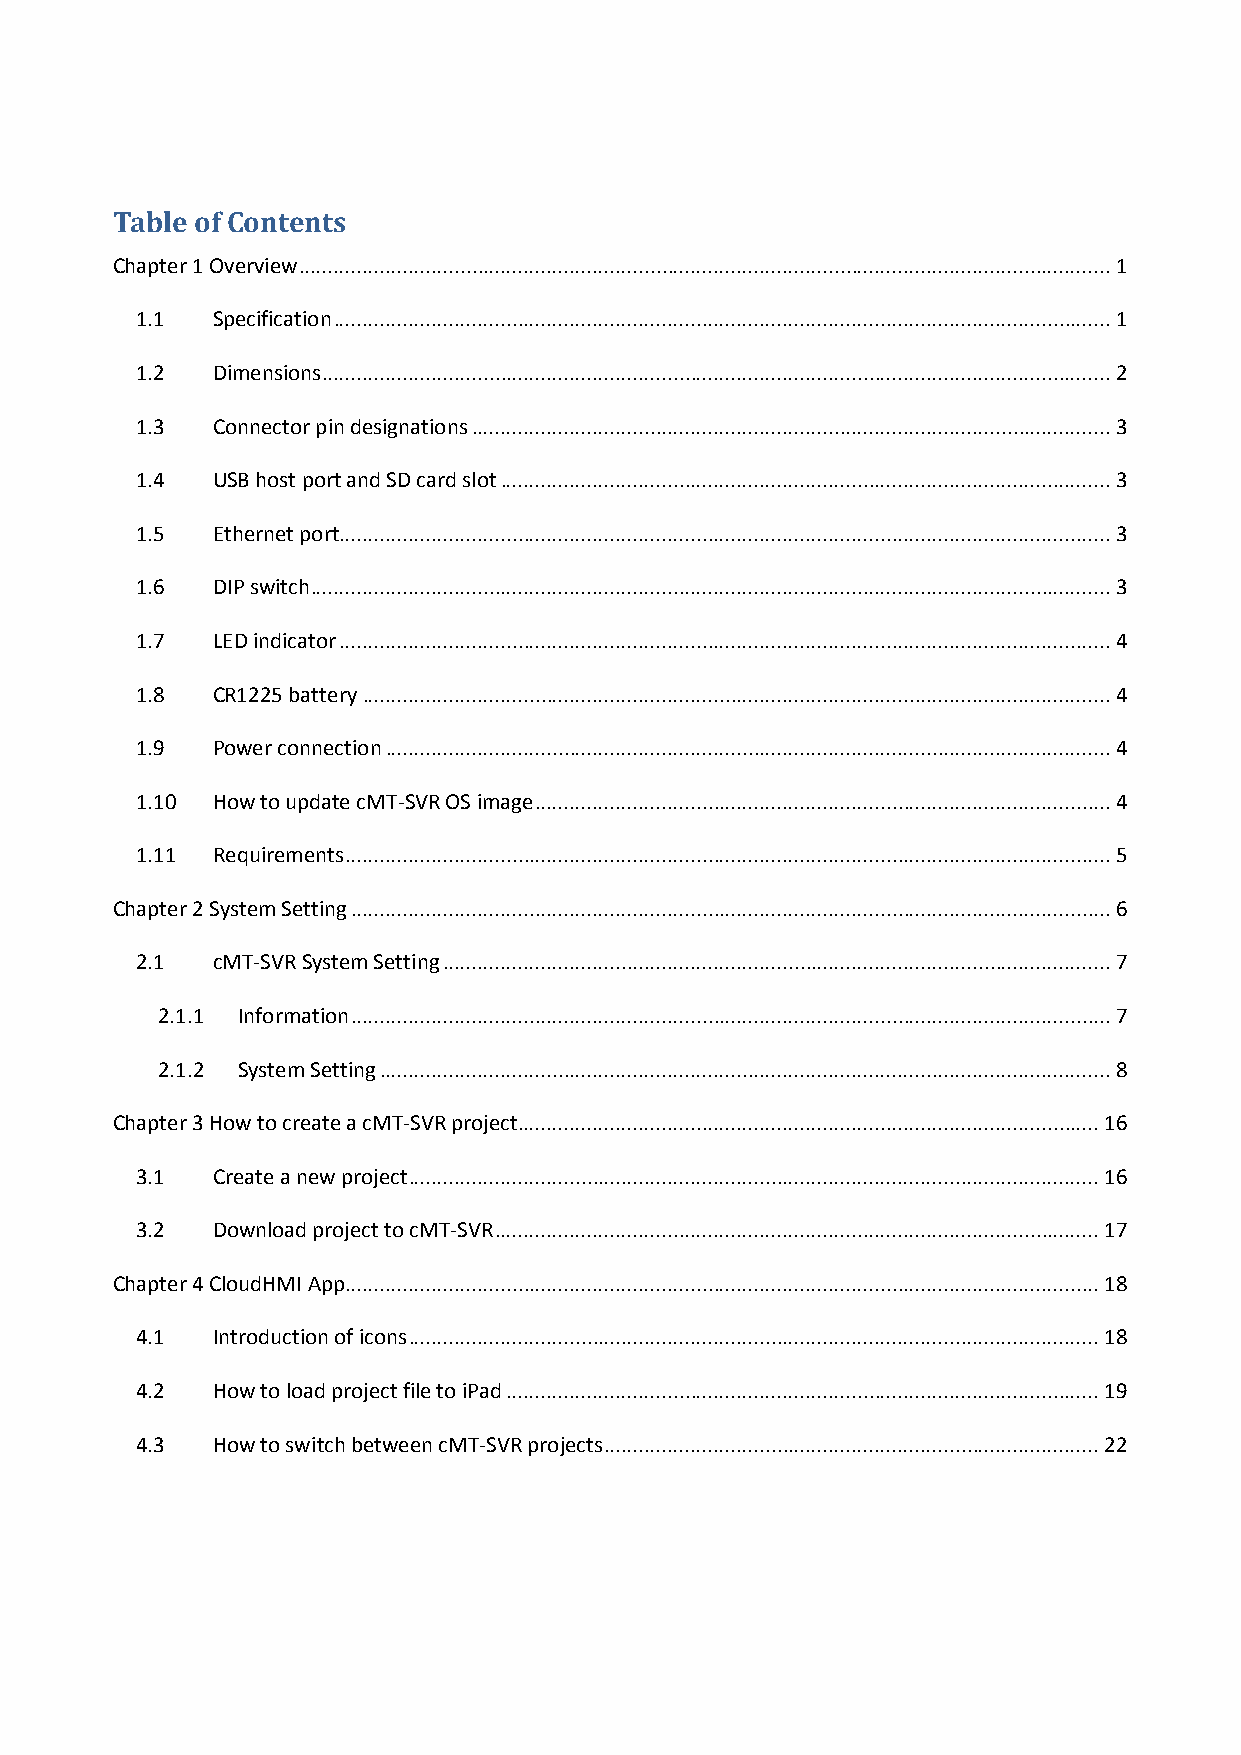
Table of Contents
 Chapter 1 Overview ............................................................................................................................................. 1
 1.1  Specification ....................................................................................................................................... 1
 1.2  Dimensions ......................................................................................................................................... 2
 1.3  Connector pin designations ............................................................................................................... 3
 1.4  USB host port and SD card slot .......................................................................................................... 3
 1.5  Ethernet port ...................................................................................................................................... 3
 1.6  DIP switch ........................................................................................................................................... 3
 1.7  LED indicator ...................................................................................................................................... 4
 1.8  CR1225 battery .................................................................................................................................. 4
 1.9  Power connection .............................................................................................................................. 4
 1.10 How to update cMT-SVR OS image .................................................................................................... 4
 1.11 Requirements ..................................................................................................................................... 5
 Chapter 2 System Setting .................................................................................................................................... 6
 2.1  cMT-SVR System Setting .................................................................................................................... 7
 2.1.1 Information .................................................................................................................................... 7
 2.1.2 System Setting ............................................................................................................................... 8
 Chapter 3 How to create a cMT-SVR project ..................................................................................................... 16
 3.1  Create a new project ........................................................................................................................ 16
 3.2  Download project to cMT-SVR ......................................................................................................... 17
 Chapter 4 CloudHMI App ................................................................................................................................... 18
 4.1  Introduction of icons ........................................................................................................................ 18
 4.2  How to load project file to iPad ....................................................................................................... 19
 4.3  How to switch between cMT-SVR projects ...................................................................................... 22